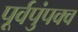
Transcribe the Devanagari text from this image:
पूर्वपुंपक्व